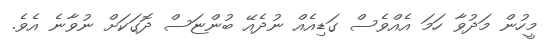
މީހުން މަދުވާ ހަމަ އެއްވެސް ގަޑިއެއް ނުދެއޭ ބުންޏަސް ދޮގަކަށް ނުވާނެ އެވެ.